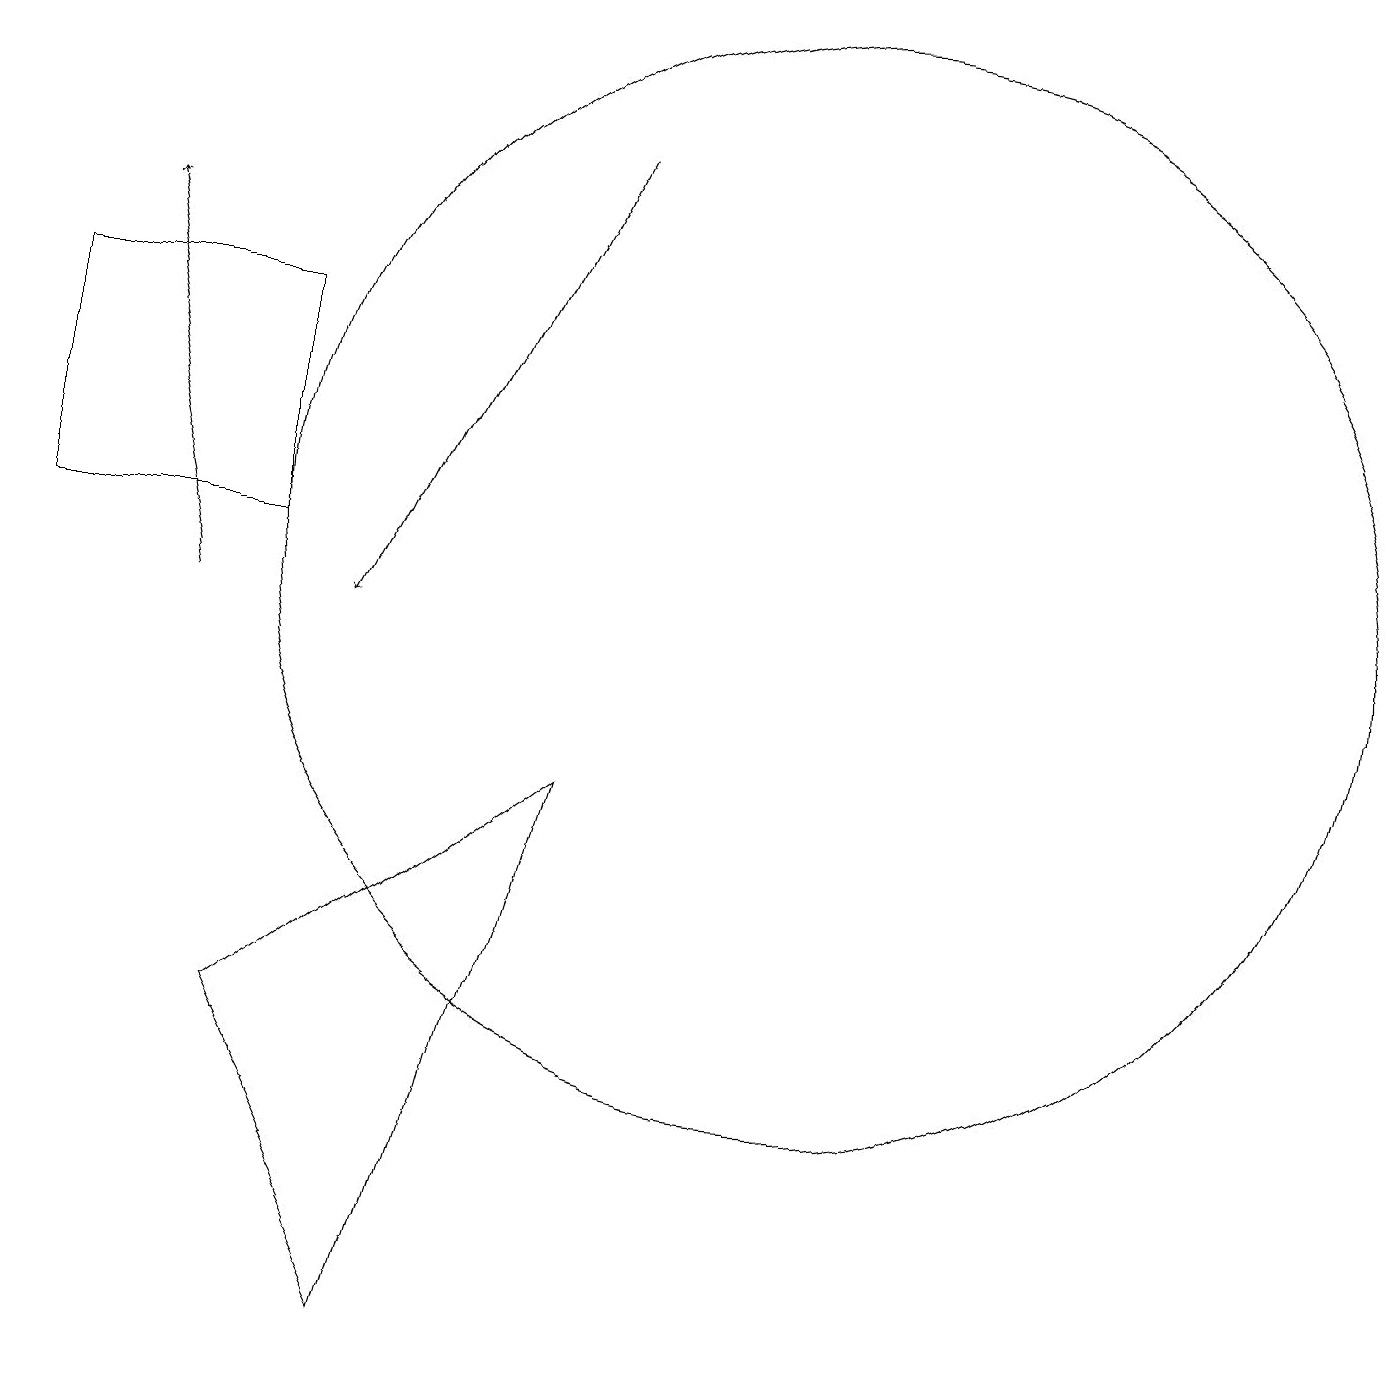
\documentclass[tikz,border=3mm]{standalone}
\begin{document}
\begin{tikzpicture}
\draw[->] (8,16) -- (5,10);
\draw (11,11) circle (7);
\draw (11,11) circle (0);
\draw (6,1) -- (4,5) -- (8,8) -- cycle;
\draw[->] (3,10) -- (2,15);
\draw (4,11) rectangle (1,14);
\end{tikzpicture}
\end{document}